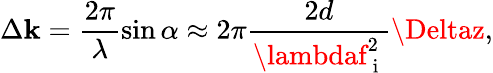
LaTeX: \Delta\mathbf{k}=\frac{{2\pi}}{{\lambda}}\sin\alpha\approx2\pi\frac{{2d}}{{\lambdaf_{\mathrm{{~i~}}}^{2}}}\Deltaz,